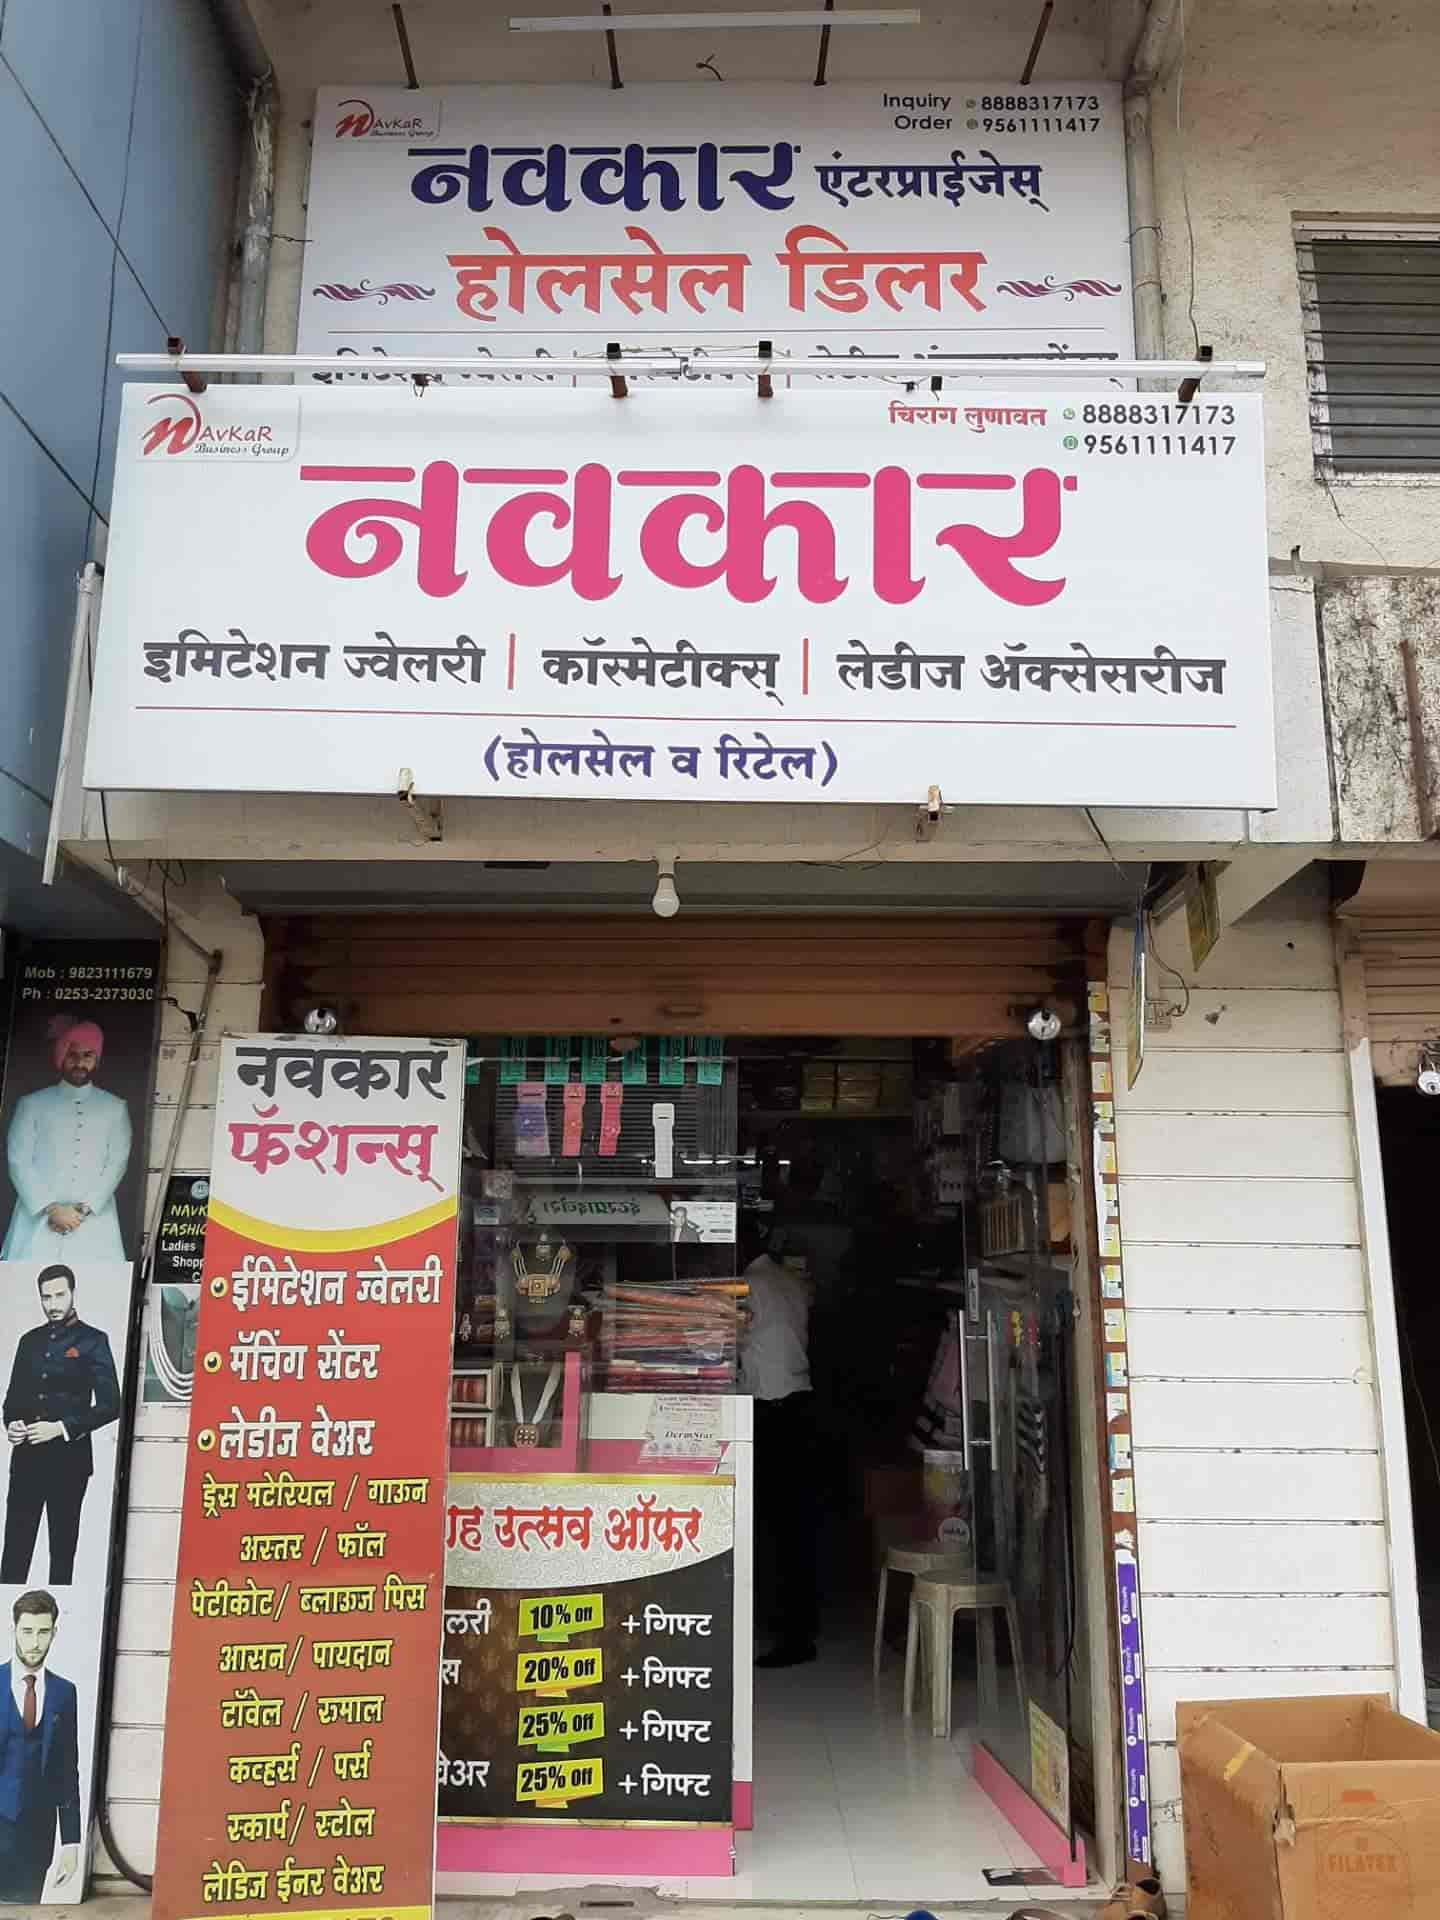
Language: marathi
Transcription: नवकार एंटरप्राइजेस् होलसेल डिलर चिराग लुणावत नवकार ज्वेलरी कॉस्मेटिक्स अँक्सेसरीज (होलसेल व रिटेल) नवकार ईमिटेशन ज्वेलरी मॅचिंग सेंटर लेडीज मटेरियल अस्तर फॉल पेटीकोट/ ब्लाऊज पिस रुमाल कव्हर्स पर्स स्कार्प / लेडिज ईनर वेअर ह उत्सव +गिफ्ट +गिफ्ट +गिफ्ट ड्रेस गाऊन लेडीज टॉवेल फॅशन्स ऑफ पायदान वेअर +गिफ्ट आसन/ इमिटेशन स्टोल